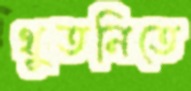
থুতনিতে